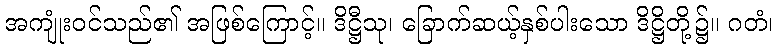
အကျုံးဝင်သည်၏ အဖြစ်ကြောင့်။ ဒိဋ္ဌီသု၊ ခြောက်ဆယ့်နှစ်ပါးသော ဒိဋ္ဌိတို့၌။ ဂတံ၊